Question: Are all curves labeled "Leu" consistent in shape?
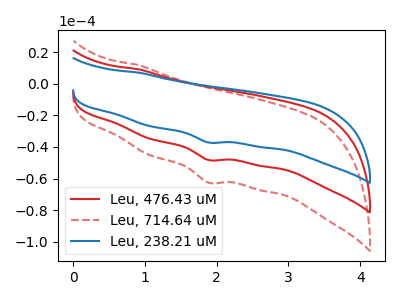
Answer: <think>The red curve "Leu, 476.43 uM" has a cathodic peak at: (1.90V, -48.25uA). The red dashed curve "Leu, 714.64 uM" has a cathodic peak at: (1.90V, -96.55uA). The blue curve "Leu, 238.21 uM" has a cathodic peak at: (1.90V, -37.20uA).
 All the peaks in "Leu, 476.43 uM" have a peak in "Leu, 714.64 uM" at the same potential. Every peak in "Leu, 476.43 uM" is lower than every peak in "Leu, 714.64 uM". All the peaks in "Leu, 476.43 uM" have a peak in "Leu, 238.21 uM" at the same potential. Every peak in "Leu, 476.43 uM" is higher than every peak in "Leu, 238.21 uM". All the peaks in "Leu, 714.64 uM" have a peak in "Leu, 238.21 uM" at the same potential. Every peak in "Leu, 714.64 uM" is higher than every peak in "Leu, 238.21 uM".</think>
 <answer>All the CV's of "Leu" have similar shape.</answer>
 <eval>follow_rule</eval>